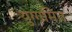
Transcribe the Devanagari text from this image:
युग्गमित